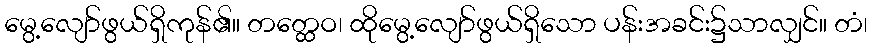
မွေ့လျော်ဖွယ်ရှိကုန်၏။ တတ္ထေဝ၊ ထိုမွေ့လျော်ဖွယ်ရှိသော ပန်းအခင်း၌သာလျှင်။ တံ၊